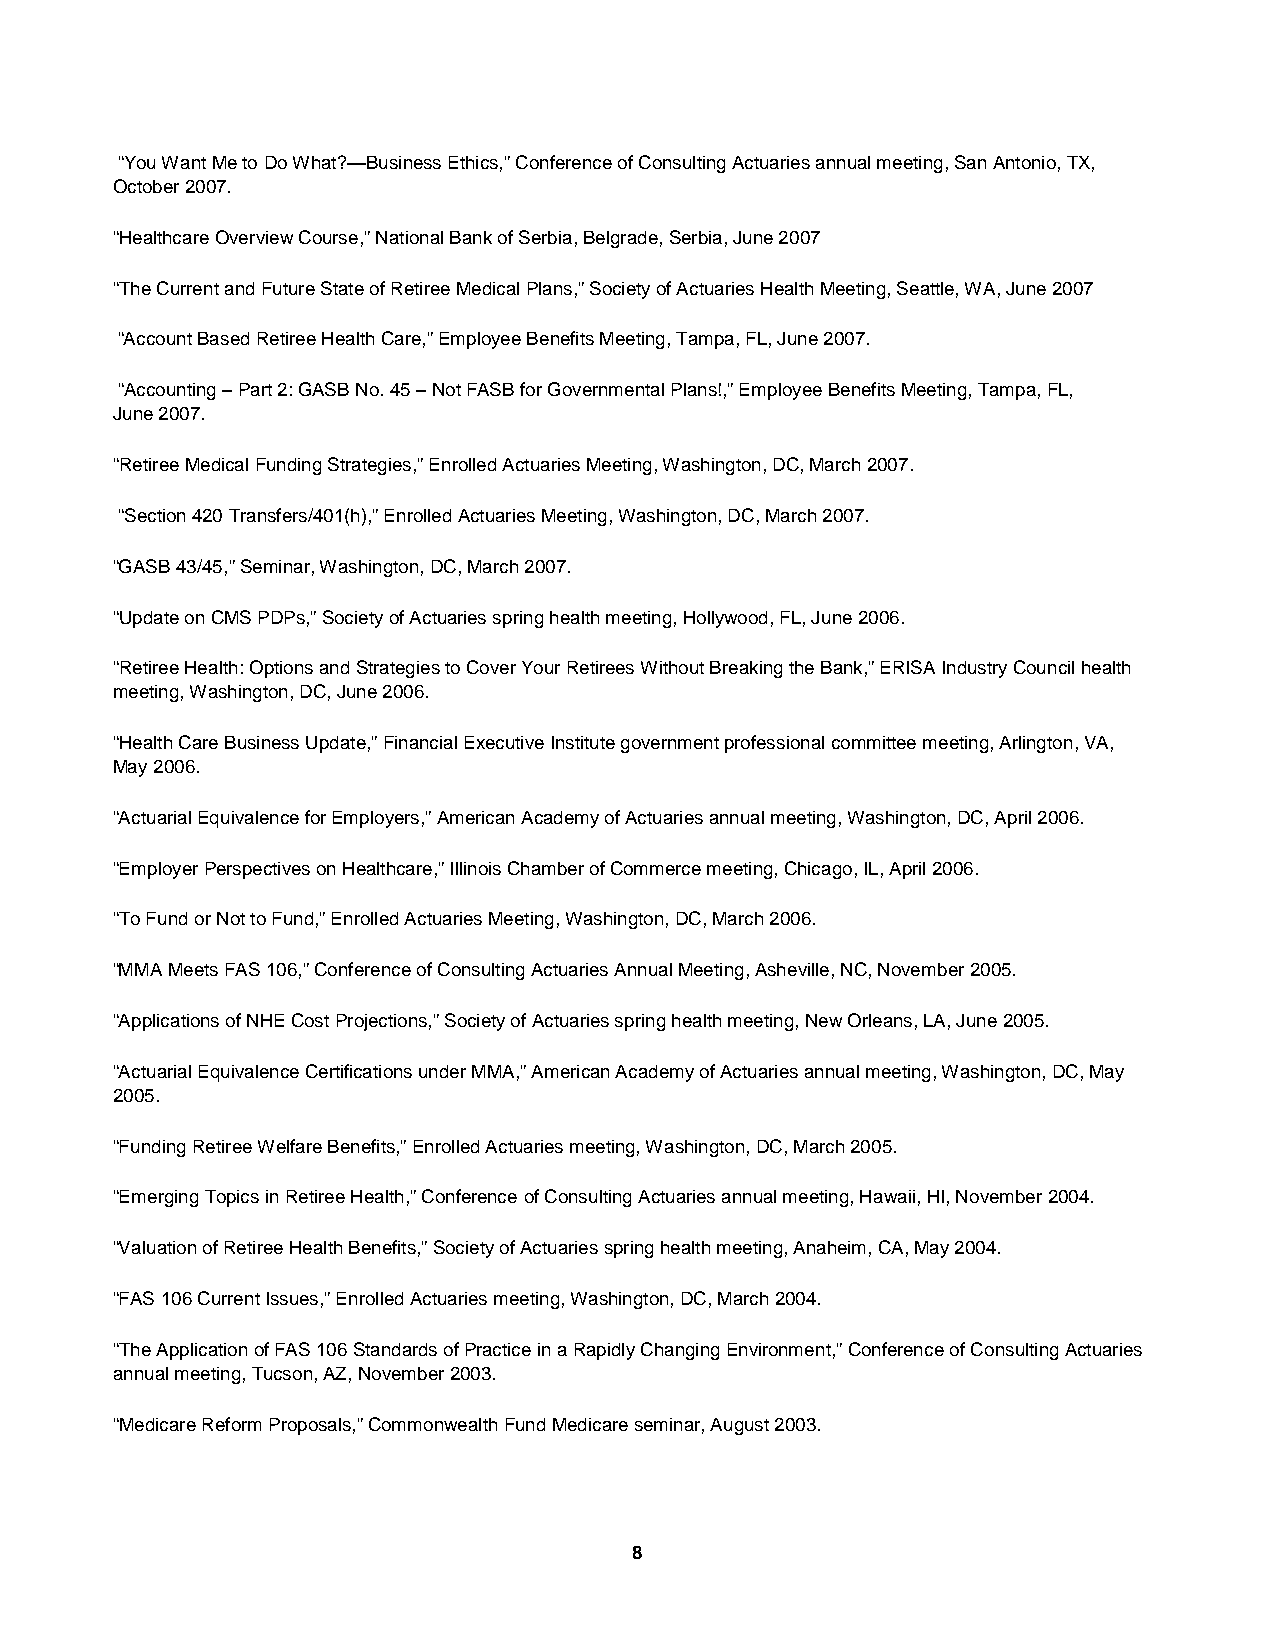
“You Want Me to Do What?—Business Ethics,” Conference of Consulting Actuaries annual meeting, San Antonio, TX,
 October 2007.
 “Healthcare Overview Course,” National Bank of Serbia, Belgrade, Serbia, June 2007
 “The Current and Future State of Retiree Medical Plans,” Society of Actuaries Health Meeting, Seattle, WA, June 2007
 “Account Based Retiree Health Care,” Employee Benefits Meeting, Tampa, FL, June 2007.
 “Accounting – Part 2: GASB No. 45 – Not FASB for Governmental Plans!,” Employee Benefits Meeting, Tampa, FL,
 June 2007.
 “Retiree Medical Funding Strategies,” Enrolled Actuaries Meeting, Washington, DC, March 2007.
 “Section 420 Transfers/401(h),” Enrolled Actuaries Meeting, Washington, DC, March 2007.
 “GASB 43/45,” Seminar, Washington, DC, March 2007.
 “Update on CMS PDPs,” Society of Actuaries spring health meeting, Hollywood, FL, June 2006.
 “Retiree Health: Options and Strategies to Cover Your Retirees Without Breaking the Bank,” ERISA Industry Council health
 meeting, Washington, DC, June 2006.
 “Health Care Business Update,” Financial Executive Institute government professional committee meeting, Arlington, VA,
 May 2006.
 “Actuarial Equivalence for Employers,” American Academy of Actuaries annual meeting, Washington, DC, April 2006.
 “Employer Perspectives on Healthcare,” Illinois Chamber of Commerce meeting, Chicago, IL, April 2006.
 “To Fund or Not to Fund,” Enrolled Actuaries Meeting, Washington, DC, March 2006.
 “MMA Meets FAS 106,” Conference of Consulting Actuaries Annual Meeting, Asheville, NC, November 2005.
 “Applications of NHE Cost Projections,” Society of Actuaries spring health meeting, New Orleans, LA, June 2005.
 “Actuarial Equivalence Certifications under MMA,” American Academy of Actuaries annual meeting, Washington, DC, May
 2005.
 “Funding Retiree Welfare Benefits,” Enrolled Actuaries meeting, Washington, DC, March 2005.
 “Emerging Topics in Retiree Health,” Conference of Consulting Actuaries annual meeting, Hawaii, HI, November 2004.
 “Valuation of Retiree Health Benefits,” Society of Actuaries spring health meeting, Anaheim, CA, May 2004.
 “FAS 106 Current Issues,” Enrolled Actuaries meeting, Washington, DC, March 2004.
 “The Application of FAS 106 Standards of Practice in a Rapidly Changing Environment,” Conference of Consulting Actuaries
 annual meeting, Tucson, AZ, November 2003.
 “Medicare Reform Proposals,” Commonwealth Fund Medicare seminar, August 2003.
 8